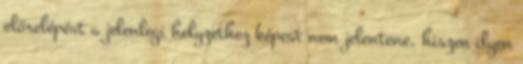
előrelépést a jelenlegi helyzethez képest nem jelentene, hiszen ilyen